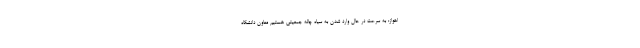
اهواز: به سرعت در حال وارد شدن به سیاه چاله جمعیتی هستیم معاون دانشگاه